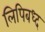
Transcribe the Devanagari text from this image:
लिपिबध्द